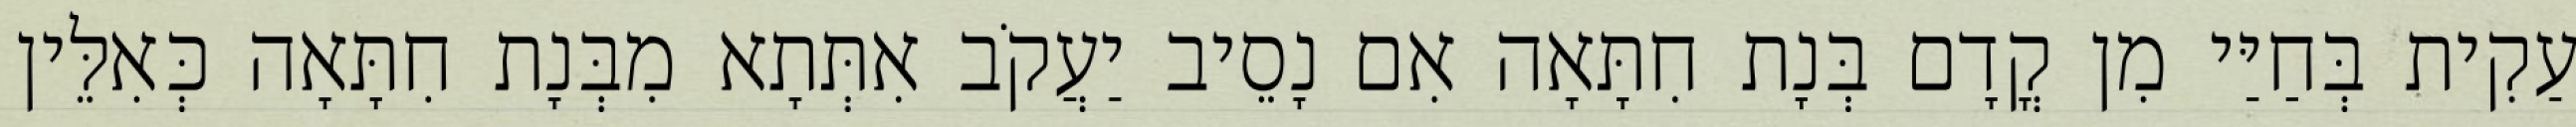
עַקִית בְּחַיַּי מִן קֳדָם בְּנָת חִתָּאָה אִם נָסֵיב יַעֲקֹב אִתְּתָא מִבְּנָת חִתָּאָה כְּאִלֵּין